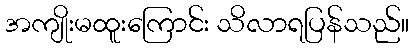
အကျိုးမထူးကြောင်း သိလာရပြန်သည်။